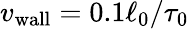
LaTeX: {v_{\mathrm{wall}}}=0.1\ell_{0}/\tau_{0}